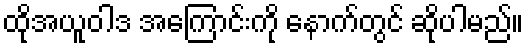
ထိုအယူဝါဒ အကြောင်းကို နောက်တွင် ဆိုပါမည်။